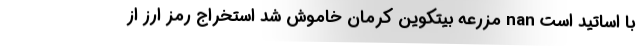
با اساتید است nan مزرعه بیتکوین کرمان خاموش شد استخراج رمز ارز از